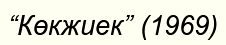
“Көкжиек” (1969)